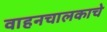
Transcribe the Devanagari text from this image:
वाहनचालकाचे